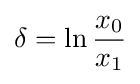
\delta =\ln {\frac {x_{0}}{x_{1}}}